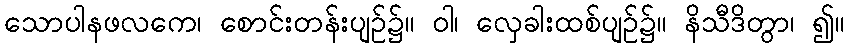
သောပါနဖလကေ၊ စောင်းတန်းပျဉ်၌။ ဝါ၊ လှေခါးထစ်ပျဉ်၌။ နိသီဒိတွာ၊ ၍။